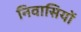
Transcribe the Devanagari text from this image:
निवासियों